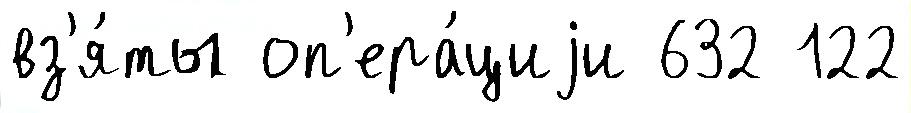
вз'я́ты оп'ера́циjи 632 122